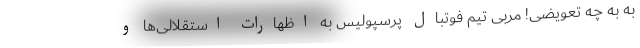
به به چه تعویضی! مربی تیم فوتبال پرسپولیس به اظهارات استقلالی‌ها و